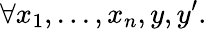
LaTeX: \forall x_{1},...,x_{n},y,y^{\prime}.